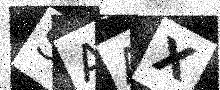
Text: SAAX